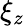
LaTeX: \xi_{z}